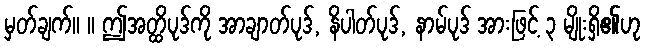
မှတ်ချက်။ ။ ဤအတ္ထိပုဒ်ကို အာချာတ်ပုဒ်, နိပါတ်ပုဒ်, နာမ်ပုဒ် အားဖြင့် ၃ မျိုးရှိ၏ဟု